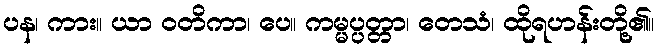
ပန၊ ကား။ ယာ ဝတိကာ၊ ပေ။ ကမ္မပ္ပတ္တာ၊ တေသံ၊ ထိုရဟန်းတို့၏။